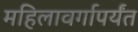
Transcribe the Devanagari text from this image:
महिलावर्गापर्यंत